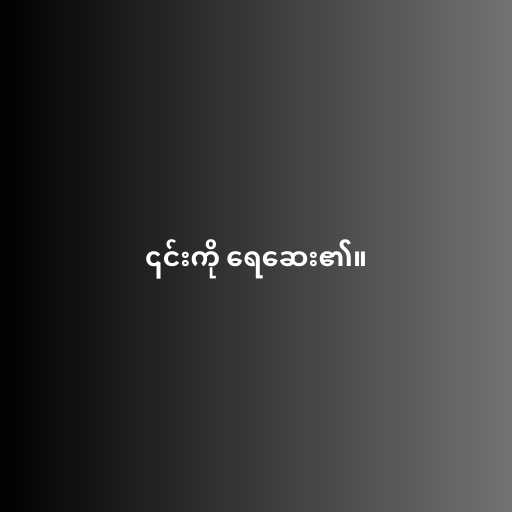
၎င်းကို ရေဆေး၏။